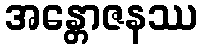
အန္တောဇနဿ